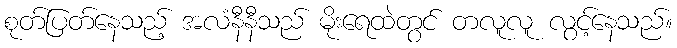
စုတ်ပြတ်နေသည့် အလံနီနီသည် မိုးရေထဲတွင် တလူလူ လွင့်နေသည်။